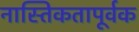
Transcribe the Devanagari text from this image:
नास्तिकतापूर्वक